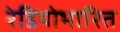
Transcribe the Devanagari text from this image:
रेडियोभारित